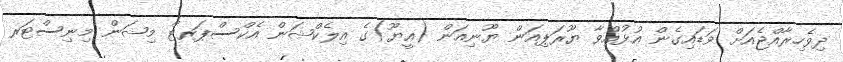
ދިވެހިރާއްޖެއަށް ވަޑައިގެން އުޅުއްވާ ޔޫރަޕިއަން ޔޫނިއަން (އީޔޫ)ގެ އިލެކްޝަން އެކްސްޕަރޓް މިޝަން މިނިސްޓަރ